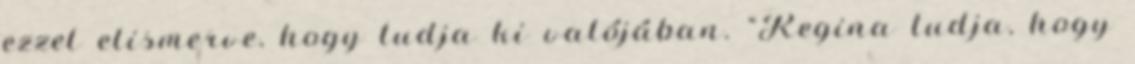
ezzel elismerve, hogy tudja ki valójában. “Regina tudja, hogy